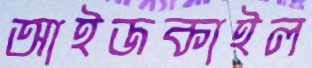
আইজকাইল